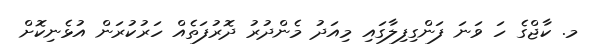
މ. ކާޖްގެ ހަ ވަނަ ފަންގިފިލާގައި މިއަދު މެންދުރު ދޮރުފަތެއް ހަރުކުރަން އުޅެނިކޮށް